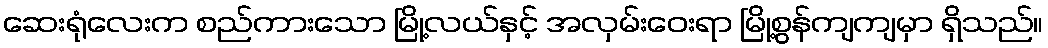
ဆေးရုံလေးက စည်ကားသော မြို့လယ်နှင့် အလှမ်းဝေးရာ မြို့စွန်ကျကျမှာ ရှိသည်။